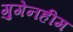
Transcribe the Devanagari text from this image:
गुगेनहीम